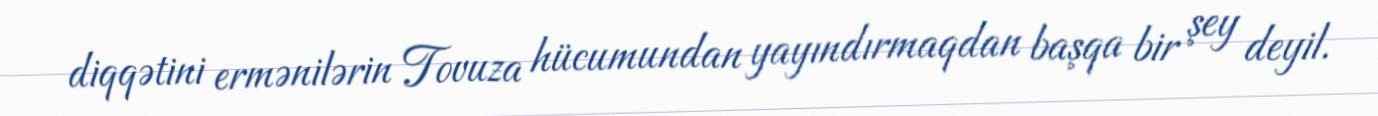
diqqətini ermənilərin Tovuza hücumundan yayındırmaqdan başqa bir şey deyil.